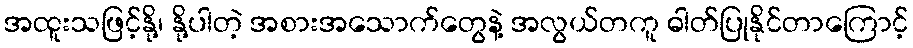
အထူးသဖြင့်နို့၊ နို့ပါတဲ့ အစားအသောက်တွေနဲ့ အလွယ်တကူ ဓါတ်ပြုနိုင်တာကြောင့်